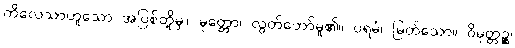
ကိလေသာဟူသော အပြစ်တို့မှ။ မုတ္တော၊ လွတ်တော်မူ၏။ ပရမံ၊ မြတ်သော။ ဝိမုတ္တဉ္စ၊